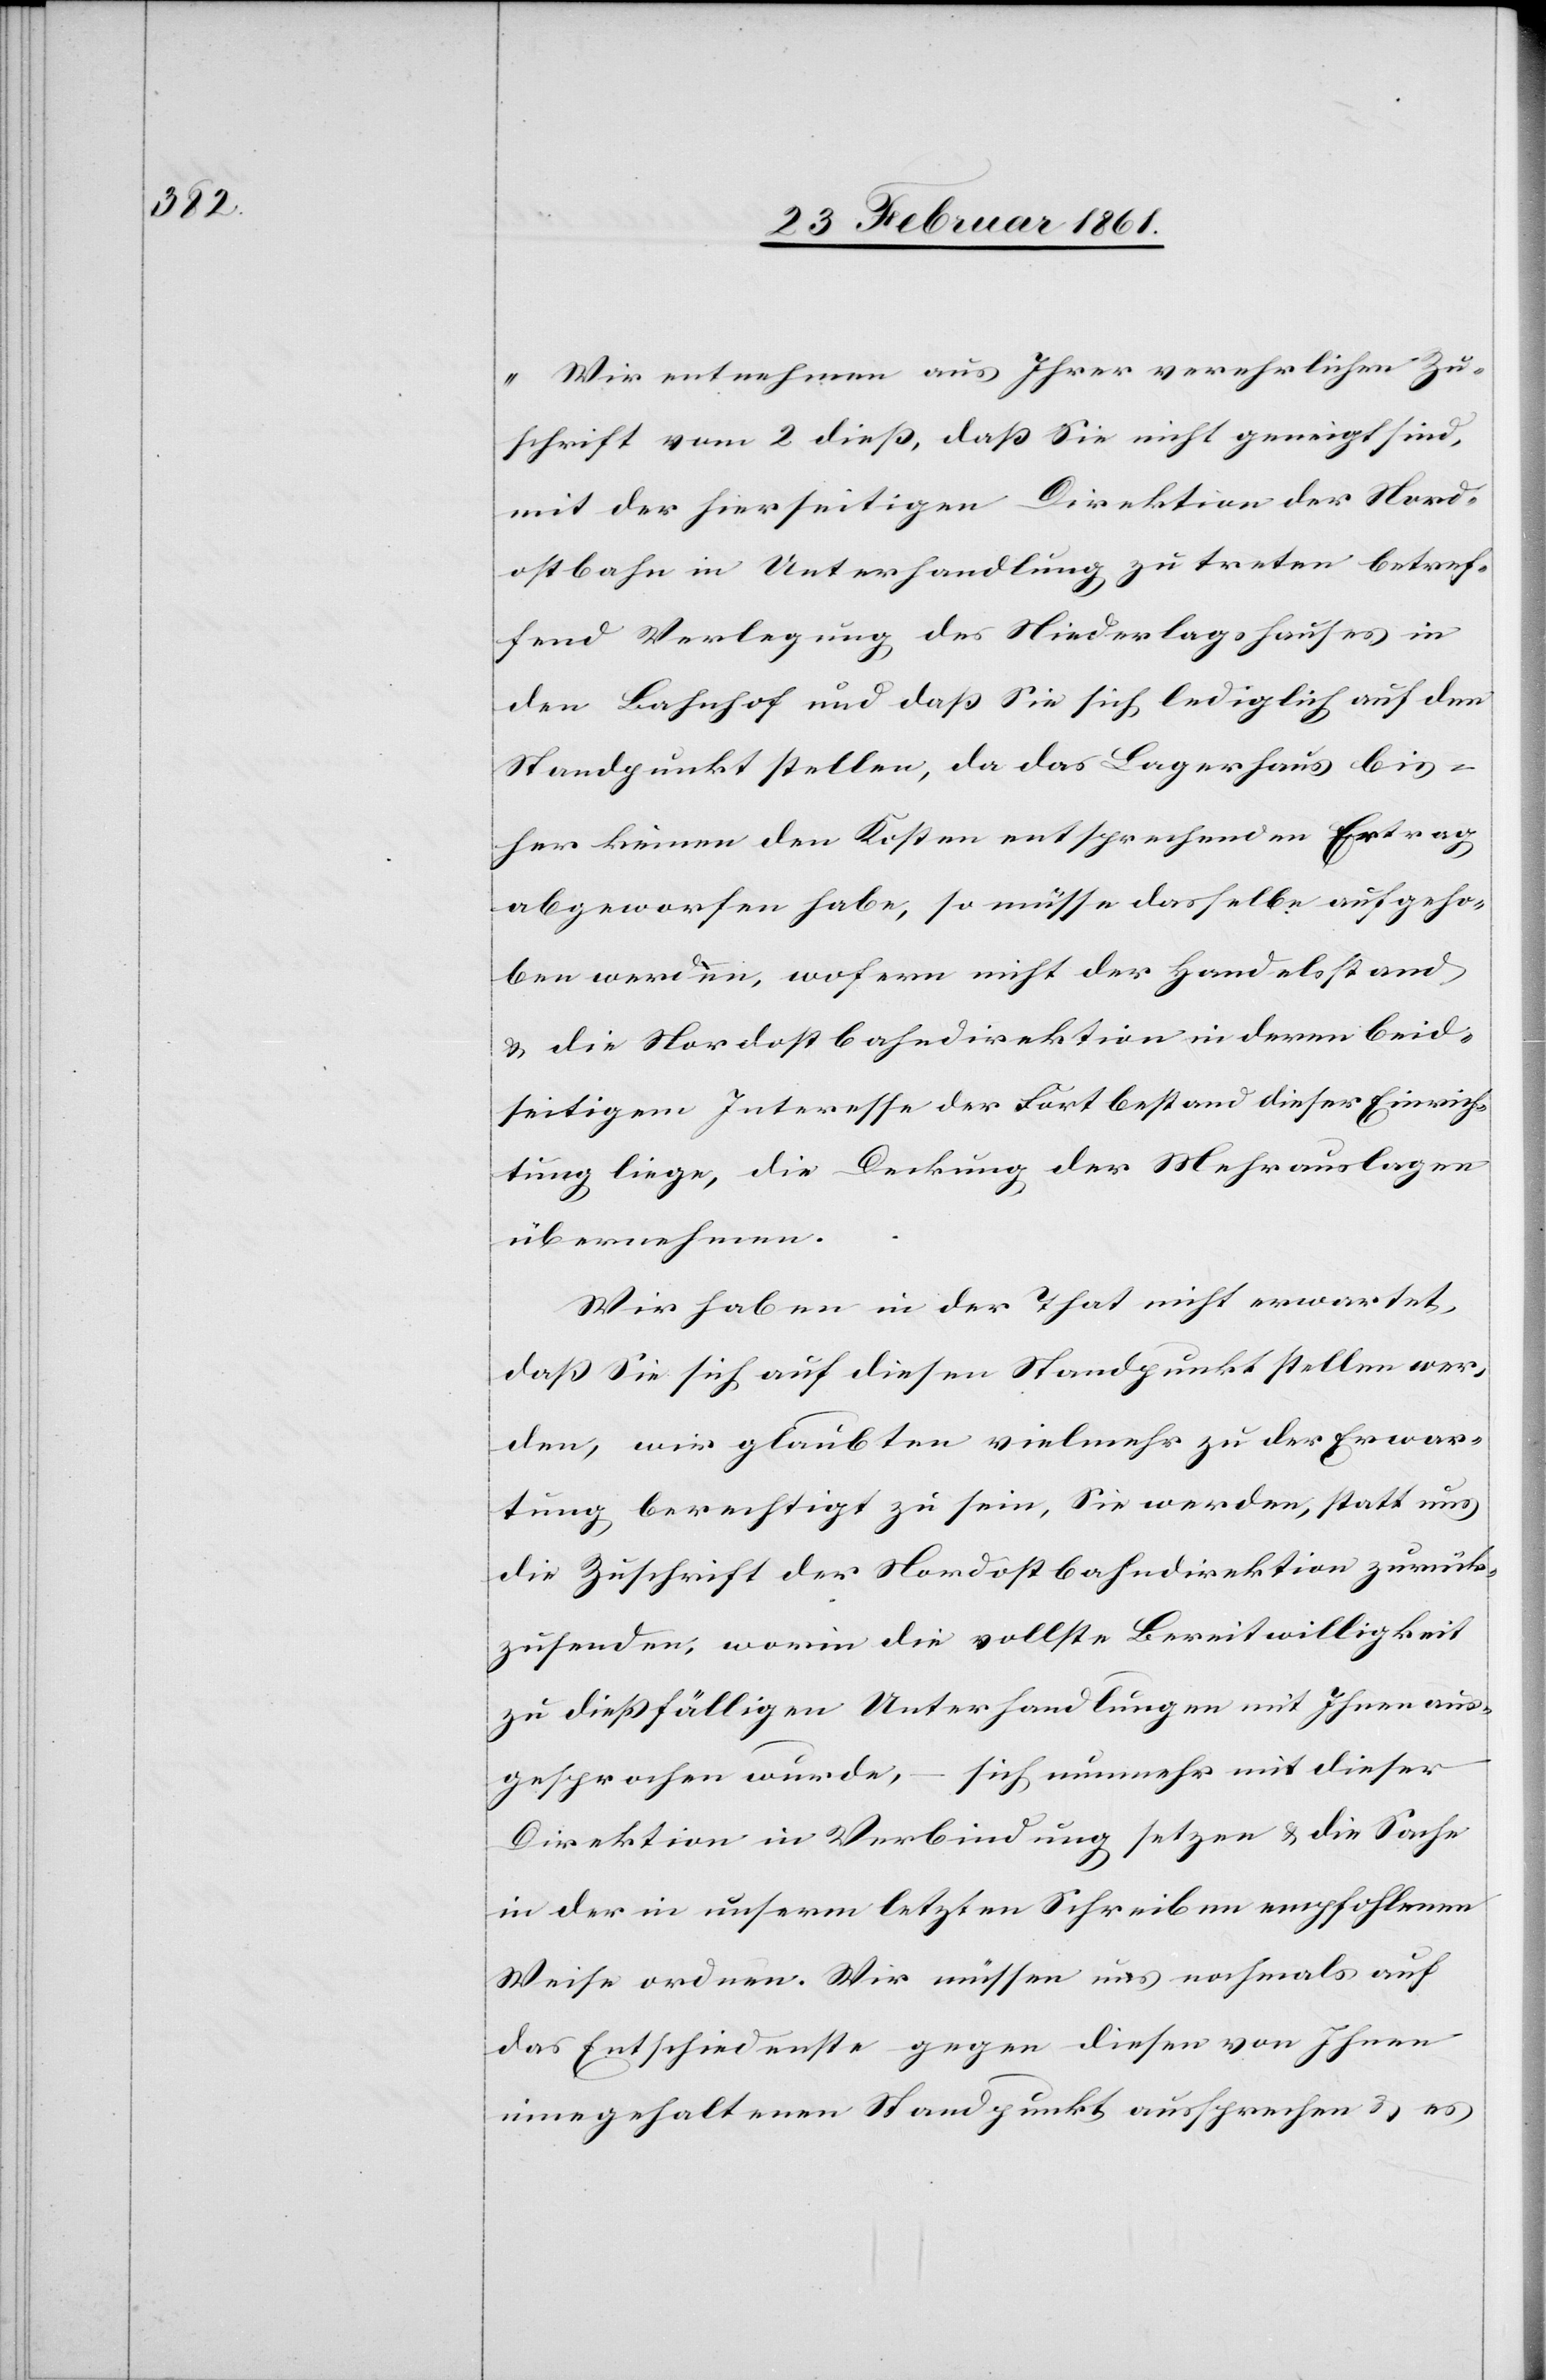
„Wir entnehmen aus Ihrer verehrlichen Zu¬
schrift vom 2. diess, dass Sie nicht geneigt sind,
mit der hierseitigen Direktion der Nord¬
ostbahn in Unterhandlung zu treten betref¬
fend Verlegung des Niederlagshauses in
den Bahnhof und dass Sie sich lediglich auf den
Standpunkt stellen, da das Lagerhaus bis¬
her keinen den Kosten entsprechenden Ertrag
abgeworfen habe, so müsse dasselbe aufgeho¬
ben werden, wofern nicht der Handelsstand
u. die Nordostbahndirektion in deren beid¬
seitigen Interesse der Forstbestand dieser Einrich¬
tung liege, die Deckung der Mehrauslagen
übernehme.
Wir haben in der That nicht erwartet,
dass Sie sich auf diesen Standpunkt stellen wer¬
den, wir glaubten vielmehr zu der Erwar¬
tung berechtigt zu sein, Sie werden, statt uns
die Zuschrift der Nordostbahndirektion zurück¬
zusenden, worin die vollste Bereitwilligkeit
zu diessfälligen Unterhandlungen mit ihnen aus¬
gesprochen wurde, – sich nunmehr mit dieser
Direktion in Verbindung setzen u. die Sache
in der in unserm letzten Schreiben empfohlenen
Weise ordnen. Wir müssen uns nochmals auf
das Entschiedenste gegen diesen von Ihnen
innegehaltenen Standpunkt aussprechen u. es